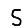
Digit: 5